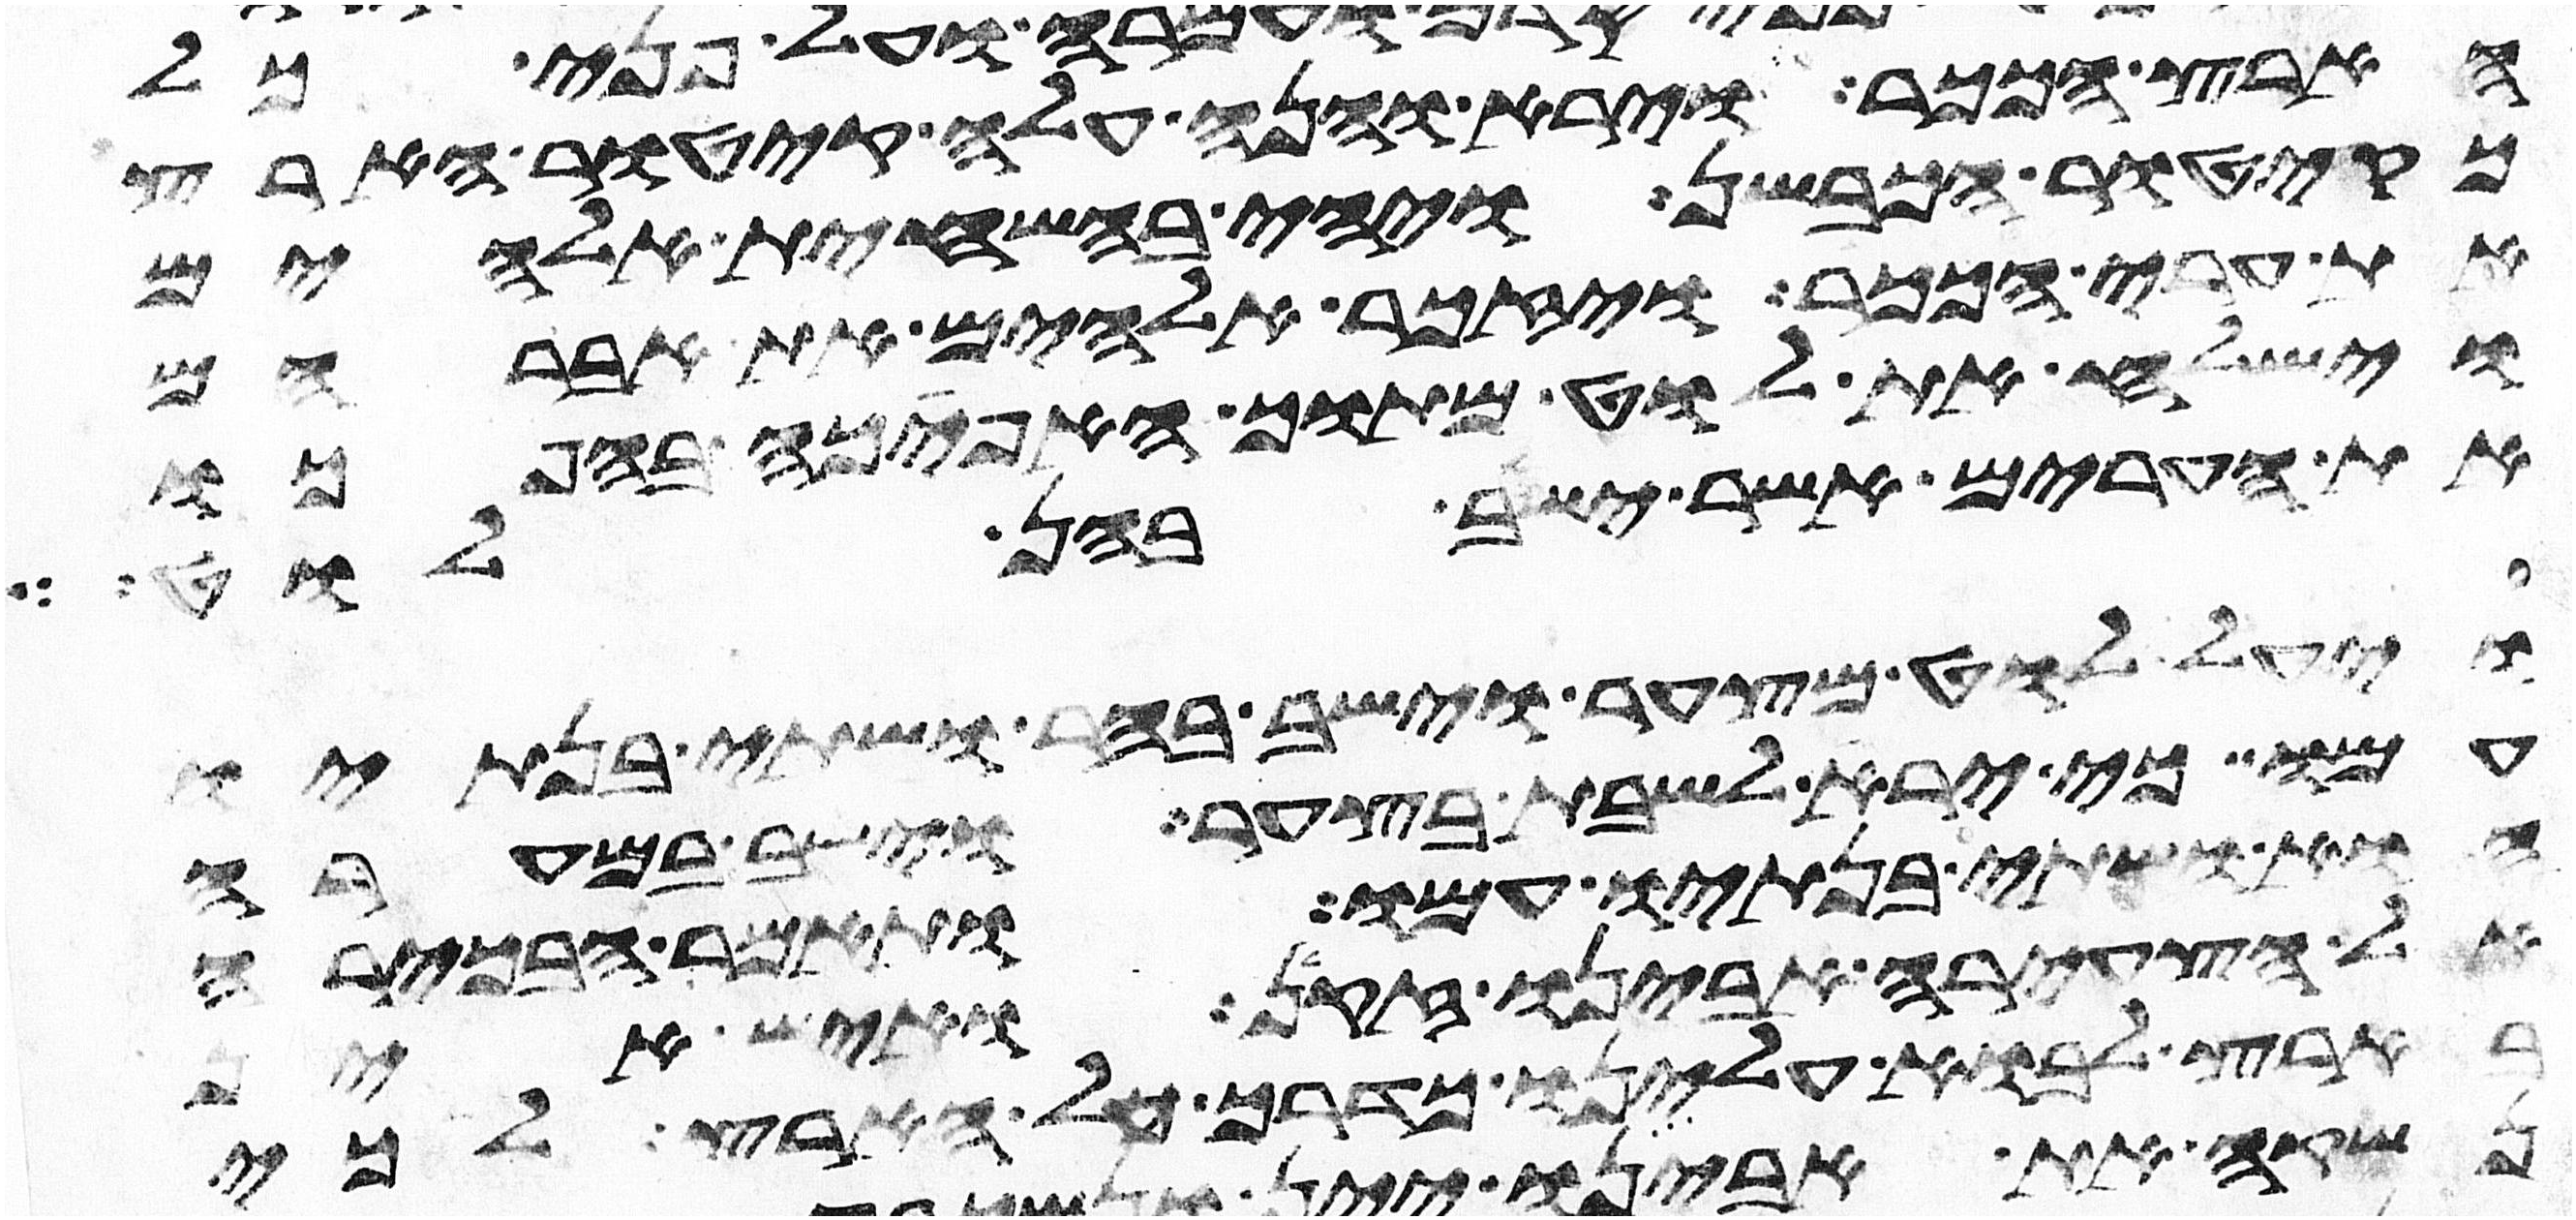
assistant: הארץ הככר וירא והנה עלה קיטור הארץ
כקיטור הכבשן ויהי בהשחית אלהים
את ערי הככר ויזכר אלהים את אברהם
וישלח את לוט מתוך האפכה בהפכו
את הערים אשר ישב בהן לוט
ויעל לוט מצער וישב בהר ושתי בנתיו
עמו כי ירא לשבת בצער וישב במערה
הוא ושתי בנתיו עמו ותאמר הבכירה
אל הצעירה אבינו זקן ואיש אין
בארץ לבוא עלינו כדרך כל הארץ לכי